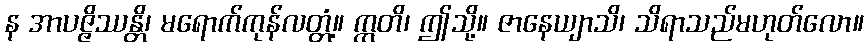
န အာပဇ္ဇိဿန္တိ၊ မရောက်ကုန်လတ္တံ့။ ဣတိ၊ ဤသို့။ ဇာနေယျာသိ၊ သိရာသည်မဟုတ်လော။